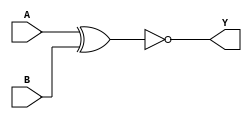
module sky130_fd_sc_hd__xnor2 (
    Y,
    A,
    B
);

    // Module ports
    output Y;
    input  A;
    input  B;

    // Local signals
    wire xnor0_out_Y;

    //   Name   Output       Other arguments
    xnor xnor0 (xnor0_out_Y, A, B           );
    buf  buf0  (Y          , xnor0_out_Y    );

endmodule